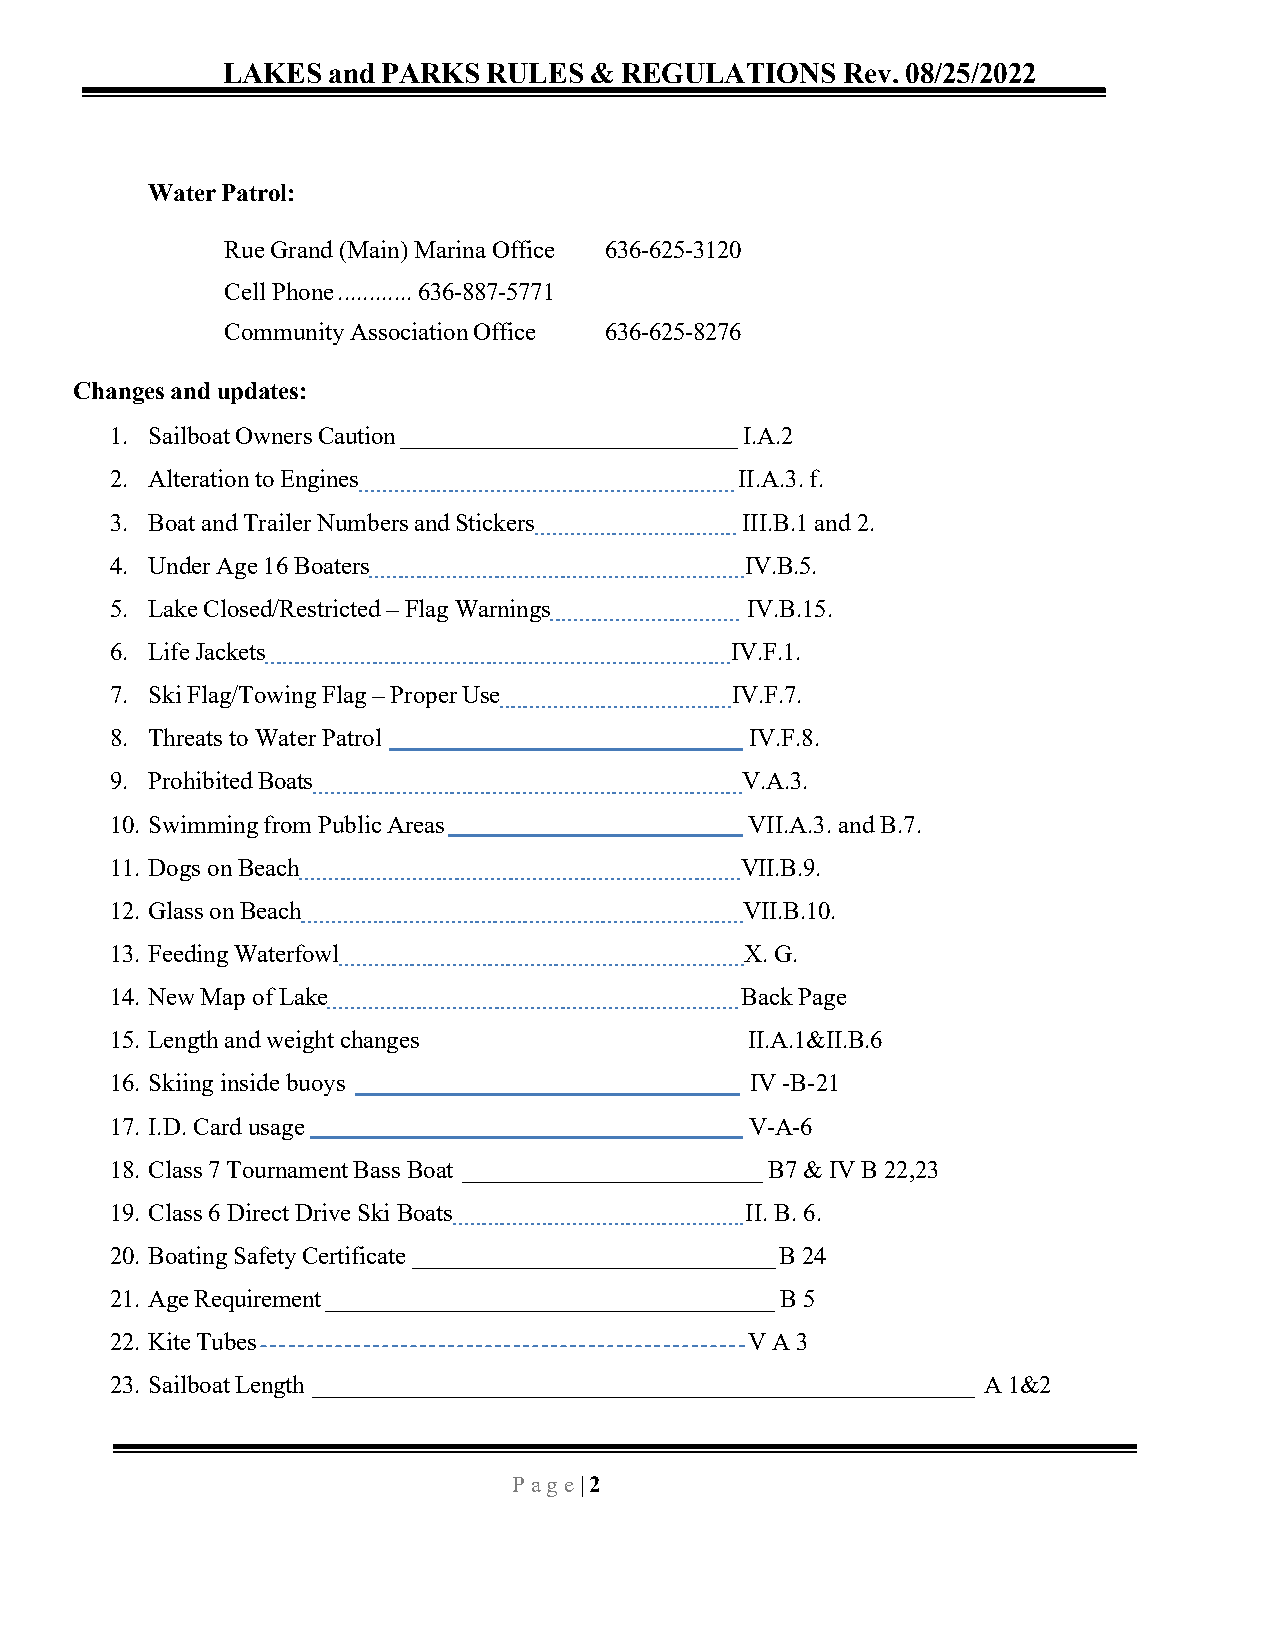
LAKES  and PARKS RULES  & REGULATIONS    Rev. 08/25/2022
 Water Patrol:
 Rue Grand (Main) Marina Office 636-625-3120
 Cell Phone ............ 636-887-5771
 Community Association Office 636-625-8276
 Changes and updates:
 1. Sailboat Owners Caution ___________________________ I.A.2
 2. Alteration to Engines                  II.A.3. f.
 3. Boat and Trailer Numbers and Stickers  III.B.1 and 2.
 4. Under Age 16 Boaters                   IV.B.5.
 5. Lake Closed/Restricted – Flag Warnings IV.B.15.
 6. Life Jackets                          IV.F.1.
 7. Ski Flag/Towing Flag – Proper Use     IV.F.7.
 8. Threats to Water Patrol                 IV.F.8.
 9. Prohibited Boats                       V.A.3.
 10. Swimming from Public Areas             VII.A.3. and B.7.
 11. Dogs on Beach                         VII.B.9.
 12. Glass on Beach                        VII.B.10.
 13. Feeding Waterfowl                     X. G.
 14. New Map of Lake                       Back Page
 15. Length and weight changes              II.A.1&II.B.6
 16. Skiing inside buoys                    IV -B-21
 17. I.D. Card usage                        V-A-6
 18. Class 7 Tournament Bass Boat ________________________ B7 & IV B 22,23
 19. Class 6 Direct Drive Ski Boats        II. B. 6.
 20. Boating Safety Certificate _____________________________ B 24
 21. Age Requirement ____________________________________ B 5
 22. Kite Tubes                             V A 3
 23. Sailboat Length _____________________________________________________ A 1&2
 P a g e | 2